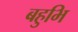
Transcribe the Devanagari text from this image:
बहुभि